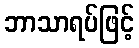
ဘာသာရပ်ဖြင့်